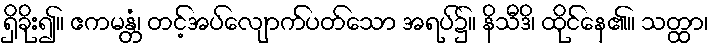
ရှိခိုး၍။ ဧကမန္တံ၊ တင့်အပ်လျောက်ပတ်သော အရပ်၌။ နိသီဒိ၊ ထိုင်နေ၏။ သတ္ထာ၊